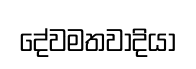
දේවමතවාදියා